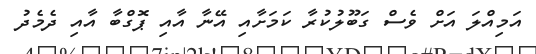
އަމިއްލަ އަށް ވެސް ގަބޫލުކުރާ ކަމަށާއި އޭނާ އާއި ޕޮގްބާ އާއި ދެމެދު